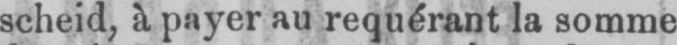
scheid, à payer au requérant la somme